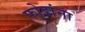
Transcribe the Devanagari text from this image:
फोडांना